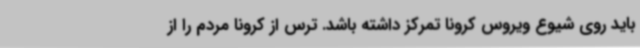
باید روی شیوع ویروس کرونا تمرکز داشته باشد. ترس از کرونا مردم را از